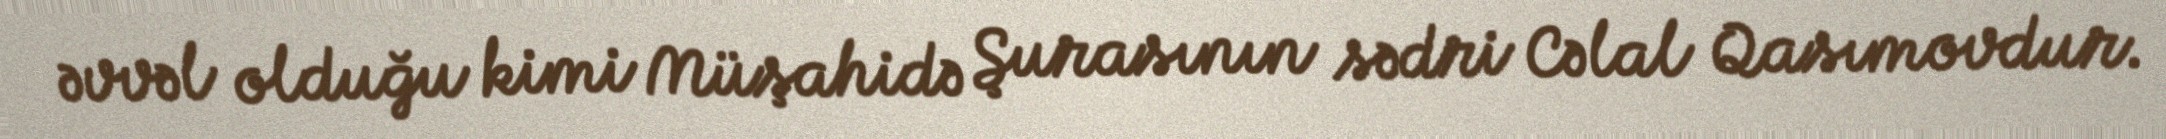
əvvəl olduğu kimi Müşahidə Şurasının sədri Cəlal Qasımovdur.